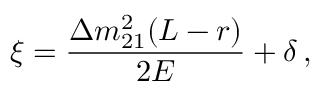
\xi = \frac { \Delta m _ { 2 1 } ^ { 2 } ( L - r ) } { 2 E } + \delta \, ,